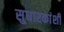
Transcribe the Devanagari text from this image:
सुधारकांशी